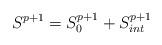
LaTeX: \begin{align*}S^{p+1} = S_{0}^{p+1} + S^{p+1}_{int}\end{align*}